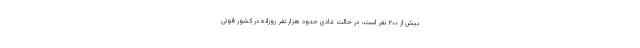
بیش از ۲۰۰ نفر است، در حالت عادی حدود هزار نفر روزانه در کشور فوتی